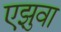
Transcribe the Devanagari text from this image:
एझुवा